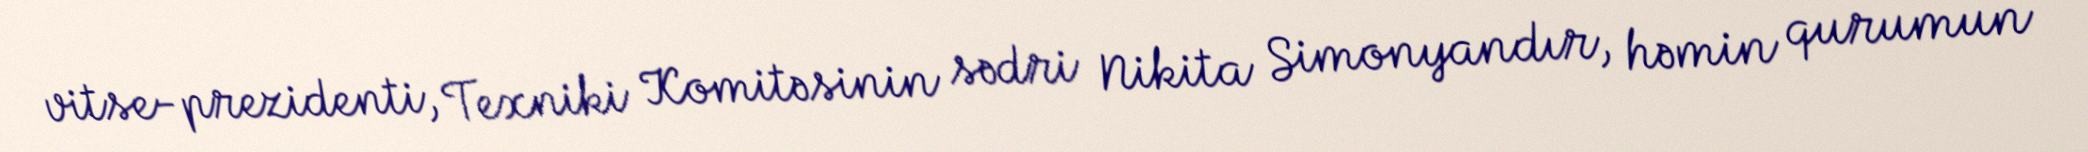
vitse-prezidenti, Texniki Komitəsinin sədri Nikita Simonyandır, həmin qurumun